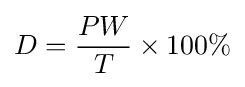
D={\frac {PW}{T}}\times 100\%